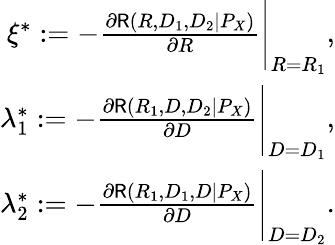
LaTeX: \begin{array}{r}{\xi^{*}:=-\frac{\partial\mathsf{R}(R,D_{1},D_{2}|P_{X})}{\partial R}\Bigg|_{R=R_{1}},}\\ {\lambda_{1}^{*}:=-\frac{\partial\mathsf{R}(R_{1},D,D_{2}|P_{X})}{\partial D}\Bigg|_{D=D_{1}},}\\ {\lambda_{2}^{*}:=-\frac{\partial\mathsf{R}(R_{1},D_{1},D|P_{X})}{\partial D}\Bigg|_{D=D_{2}}.}\end{array}